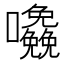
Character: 𱕷